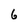
Character: 6